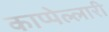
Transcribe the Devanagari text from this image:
काप्पेल्लारी